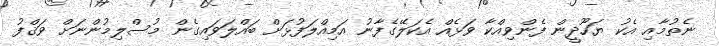
ނެތުމާއި އެކު ޔަހޫދީން ފެންވިއްކާ ވަޅެއް އެކަލޭގެފާނު އަމިއްލަފުޅަށް ބައްލަވައިގެން މުސްލިމުންނަށް ވަޤްފު